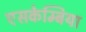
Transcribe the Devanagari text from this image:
एसकेम्बिया